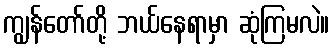
ကျွန်တော်တို့ ဘယ်နေရာမှာ ဆုံကြမလဲ။